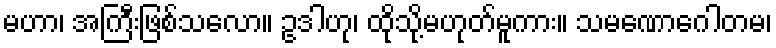
မဟာ၊ အကြီးဖြစ်သလော။ ဥဒါဟု၊ ထိုသို့မဟုတ်မူကား။ သမဏောဂေါတမ၊